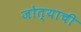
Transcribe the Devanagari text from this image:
जोत्याची